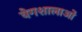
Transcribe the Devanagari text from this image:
वेगशालाओं